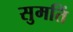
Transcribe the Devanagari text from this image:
सुमतिं